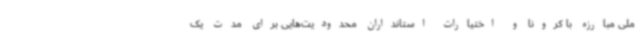
ملی مبارزه با کرونا و اختیارات استانداران محدودیت‌هایی برای مدت یک